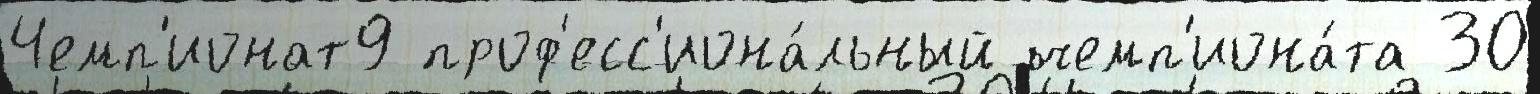
Чемп'ионат9 проф'есс'иона́льный чемп'иона́та 30